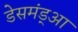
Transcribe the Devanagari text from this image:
डेसमंड्आ